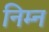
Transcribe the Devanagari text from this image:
निम्‍न